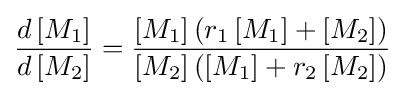
{\frac {d\left[M_{1}\right]}{d\left[M_{2}\right]}}={\frac {\left[M_{1}\right]\left(r_{1}\left[M_{1}\right]+\left[M_{2}\right]\right)}{\left[M_{2}\right]\left(\left[M_{1}\right]+r_{2}\left[M_{2}\right]\right)}}